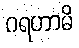
ဂရဟာမိ